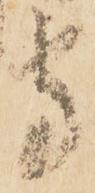
守